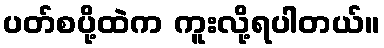
ပတ်စပို့ထဲက ကူးလို့ရပါတယ်။